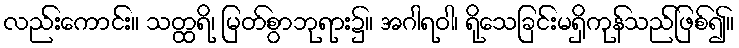
လည်းကောင်း။ သတ္ထရိ၊ မြတ်စွာဘုရား၌။ အဂါရဝါ၊ ရိုသေခြင်းမရှိကုန်သည်ဖြစ်၍။